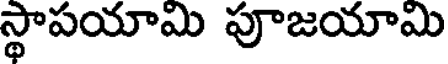
స్థాపయామి పూజయామి